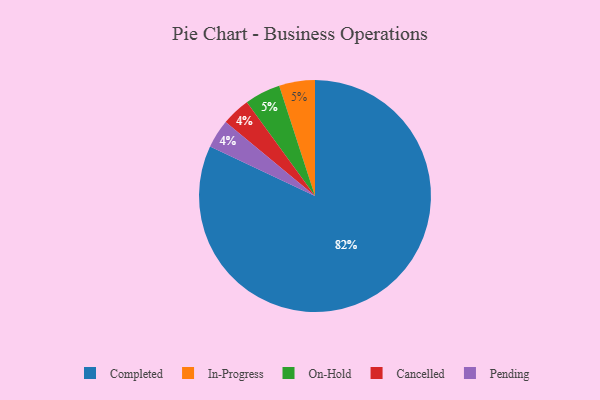
{"axis": {"x": "Category", "y": "Percentage"}, "legend": ["Cancelled", "Completed", "In-Progress", "On-Hold", "Pending"], "data": [{"x": "In-Progress", "y": 5, "type": "In-Progress"}, {"x": "On-Hold", "y": 5, "type": "On-Hold"}, {"x": "Cancelled", "y": 4, "type": "Cancelled"}, {"x": "Completed", "y": 82, "type": "Completed"}, {"x": "Pending", "y": 4, "type": "Pending"}]}